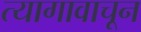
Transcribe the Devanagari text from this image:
त्यागावाचून